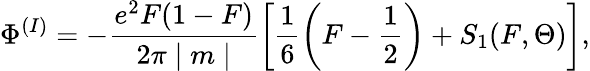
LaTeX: \Phi^{(I)}=-\frac{e^{2}F(1-F)}{2\pi\mid m\mid}\left[\frac{1}{6}\left(F-\frac{1}{2}\right)+S_{1}(F,\Theta)\right],